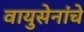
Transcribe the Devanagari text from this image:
वायुसेनांचे